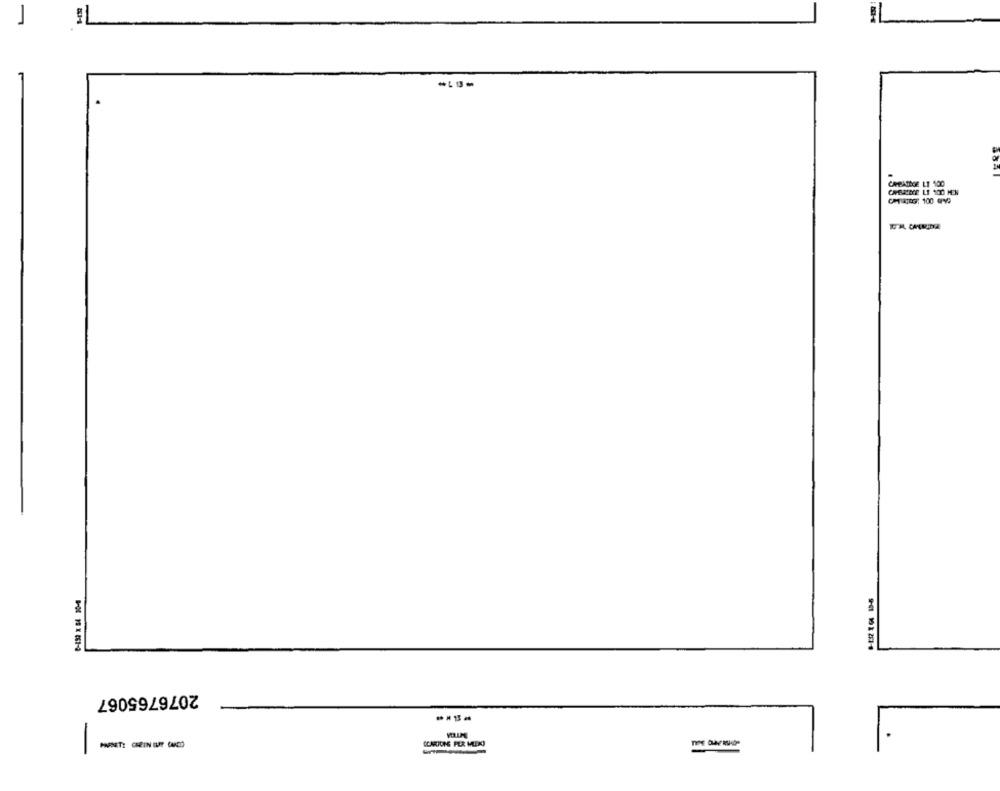
CREATEGE LT 100
2076765067
[CARTONS FER MLEK)
-